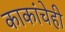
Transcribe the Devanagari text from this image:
काकांचेही